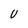
Character: U